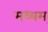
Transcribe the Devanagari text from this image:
मध्यम्